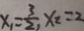
x _ { 1 } = \frac { 3 } { 2 } , x _ { 2 } = 2